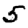
Digit: 5